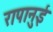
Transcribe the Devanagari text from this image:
रापानुई